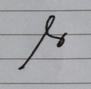
Signature authenticity: forged